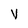
Character: V